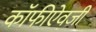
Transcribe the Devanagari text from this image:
कॉफीऐवजी